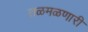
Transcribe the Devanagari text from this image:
तळमळणारी